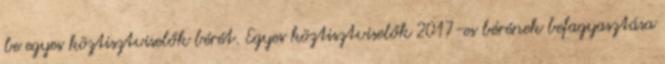
be egyes köztisztviselők bérét. Egyes köztisztviselők 2017-es bérének befagyasztása